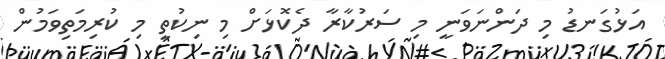
އަޅުގަނޑު މި ދަންނަވަނީ މި ސަރުކާރާ ދެކޮޅަށް މި ނިކުތީ މި ކުރިމަތިވަމުން